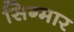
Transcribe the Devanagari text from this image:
सिग्मार